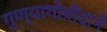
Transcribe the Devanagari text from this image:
गुण्यागोवींदाने